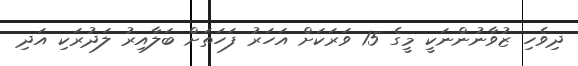
ދިވެހި ޒުވާނުންނަކީ މީގެ 15 ވަރަކަށް އަހަރު ފަހަތަށް ބަލާއިރު ލަަދުރަކި އަދި